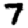
Digit: 7